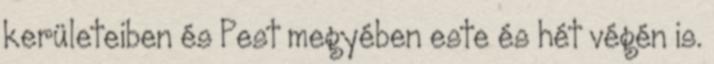
kerületeiben és Pest megyében este és hét végén is.